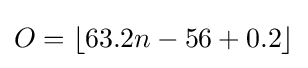
O=\left\lfloor 63.2n-56+0.2\right\rfloor